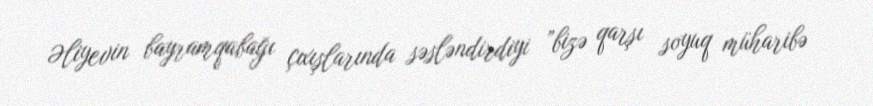
Əliyevin bayramqabağı çıxışlarında səsləndirdiyi ”bizə qarşı soyuq müharibə